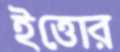
ইত্তোর